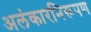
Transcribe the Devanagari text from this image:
अलंकारनिरूपण